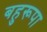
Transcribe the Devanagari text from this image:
बहुरूपा